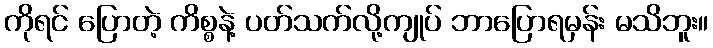
ကိုရင် ပြောတဲ့ ကိစ္စနဲ့ ပတ်သက်လို့ကျုပ် ဘာပြောရမှန်း မသိဘူး။